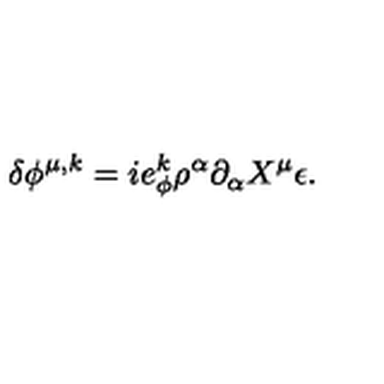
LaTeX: \delta \phi ^ { \mu , k } = i e _ { \phi } ^ { k } \rho ^ { \alpha } \partial _ { \alpha } X ^ { \mu } \epsilon .